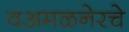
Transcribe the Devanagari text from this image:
वअमळनेरचे